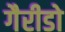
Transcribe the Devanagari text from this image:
गैरीडो